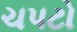
ચપટો